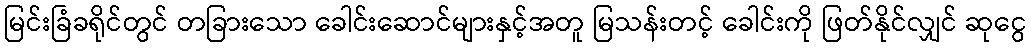
မြင်းခြံခရိုင်တွင် တခြားသော ခေါင်းဆောင်များနှင့်အတူ မြသန်းတင့် ခေါင်းကို ဖြတ်နိုင်လျှင် ဆုငွေ